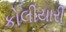
કોલીયારી